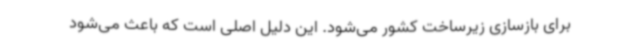
برای بازسازی زیرساخت کشور می‌شود. این دلیل اصلی است که باعث می‌شود